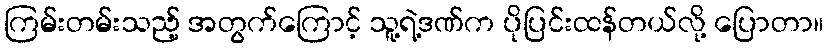
ကြမ်းတမ်းသည့် အတွက်ကြောင့် သူ့ရဲ့ဒဏ်က ပိုပြင်းထန်တယ်လို့ ပြောတာ။